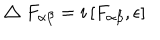
LaTeX: \bigtriangleup F _ { \alpha \beta } = i \left[ F _ { \alpha \beta } , \epsilon \right]